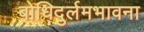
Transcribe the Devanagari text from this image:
बोधिदुर्लमभावना